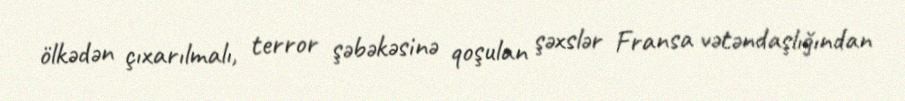
ölkədən çıxarılmalı, terror şəbəkəsinə qoşulan şəxslər Fransa vətəndaşlığından